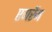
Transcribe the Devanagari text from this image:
एमरॅम